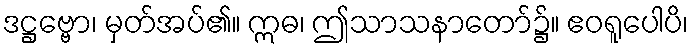
ဒဋ္ဌဗ္ဗော၊ မှတ်အပ်၏။ ဣဓ၊ ဤသာသနာတော်၌။ ဧဝရူပေါပိ၊